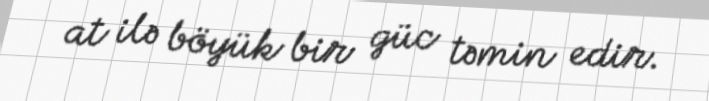
at ilə böyük bir güc təmin edir.